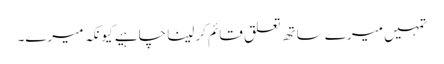
تمہیں میرے ساتھ تعلق قائم کرلینا چاہیے کیونکہ میرے۔